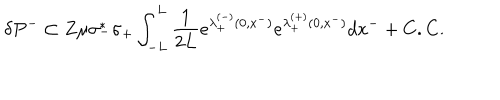
\delta P ^ { - } \subset Z \mu \sigma _ { - } ^ { * } \sigma _ { + } \int _ { - L } ^ { L } { \frac { 1 } { 2 L } } e ^ { \lambda _ { + } ^ { ( - ) } ( 0 , x ^ { - } ) } e ^ { \lambda _ { + } ^ { ( + ) } ( 0 , x ^ { - } ) } d x ^ { - } + C . C .